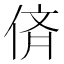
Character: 㑪